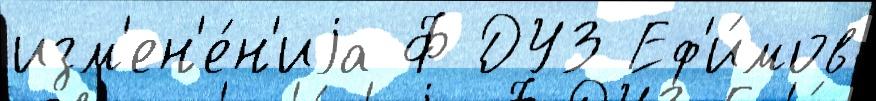
изм'ен'е́н'иjа Ф ДУЗ Еф'и́мов